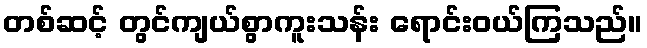
တစ်ဆင့် တွင်ကျယ်စွာကူးသန်း ရောင်းဝယ်ကြသည်။